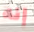
إنه